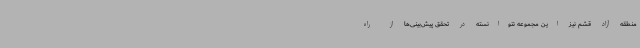
منطقه آزاد قشم نیز این مجموعه نتوانسته در تحقق پیش‌بینی‌ها از راه